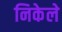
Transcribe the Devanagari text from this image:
निकेले